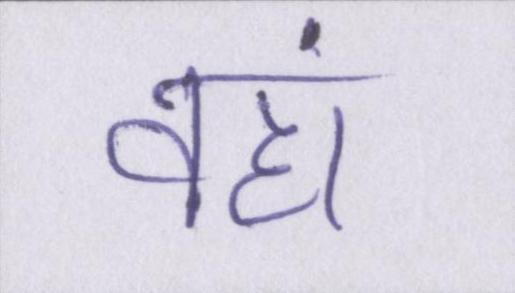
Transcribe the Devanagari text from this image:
वहां